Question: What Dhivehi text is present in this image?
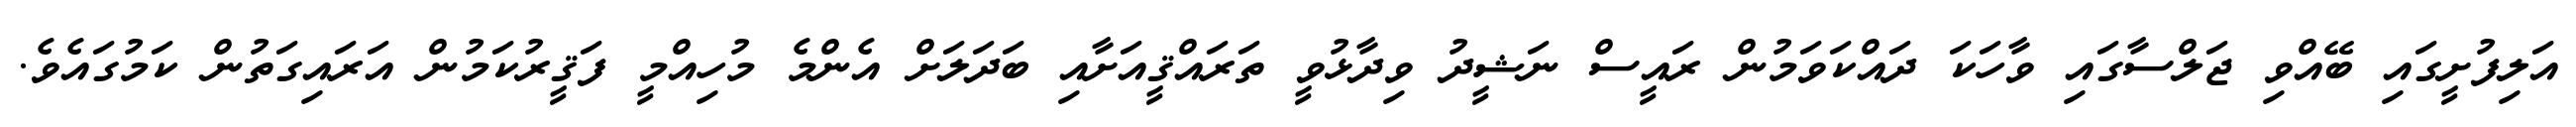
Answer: އަލިފުށީގައި ބޭއްވި ޖަލްސާގައި ވާހަކަ ދައްކަވަމުން ރައީސް ނަޝީދު ވިދާޅުވީ ތަރައްޤީއަށާއި ބަދަލަށް އެންމެ މުހިއްމީ ފަޤީރުކަމުން އަރައިގަތުން ކަމުގައެވެ.